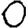
Digit: 0